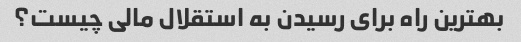
بهترین راه برای رسیدن به استقلال مالی چیست؟